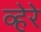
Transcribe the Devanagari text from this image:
व्हेरे